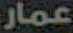
عمار